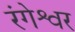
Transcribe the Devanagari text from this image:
रंगेश्वर